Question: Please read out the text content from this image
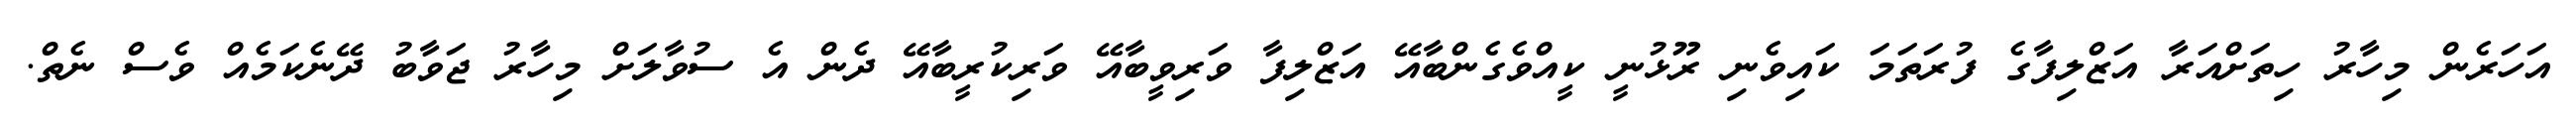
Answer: އަހަރެން މިހާރު ހިތަށްއަރާ އަޒްލިފާގެ ފުރަތަމަ ކައިވެނި ރޫޅުނީ ކީއްވެގެންބާއޭ އަޒްލިފާ ވަރިވީބާއޭ ވަރިކުރީބާއޭ ދެން އެ ސުވާލަށް މިހާރު ޖަވާބު ދޭނެކަމެއް ވެސް ނެތް.